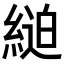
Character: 𦂸